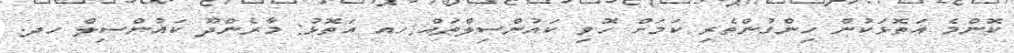
ކޮންމެ އަތޮޅަކުން ހިންގުންތެރި ކަމަށް ހޮވި ކައުންސިލްތައް:ހއ އަތޮޅު: މާރެންދޫ ކައުންސިލް ހދ.